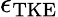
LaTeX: \epsilon_{\mathrm{TKE}}